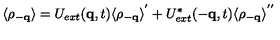
\langle \rho _ { - { \bf { q } } } \rangle = U _ { e x t } ( { \bf { q } } , t ) \langle \rho _ { - { \bf { q } } } \rangle ^ { ' } + U _ { e x t } ^ { * } ( - { \bf { q } } , t ) \langle \rho _ { - { \bf { q } } } \rangle ^ { ' ^ { \prime } }